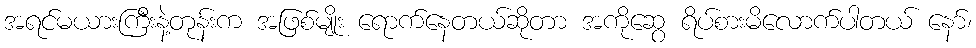
အရင်မယားကြီးနဲ့တုန်းက အဖြစ်မျိုး ရောက်နေတယ်ဆိုတာ အကိုဆွေ ရိပ်စားမိလောက်ပါတယ် နော်၊